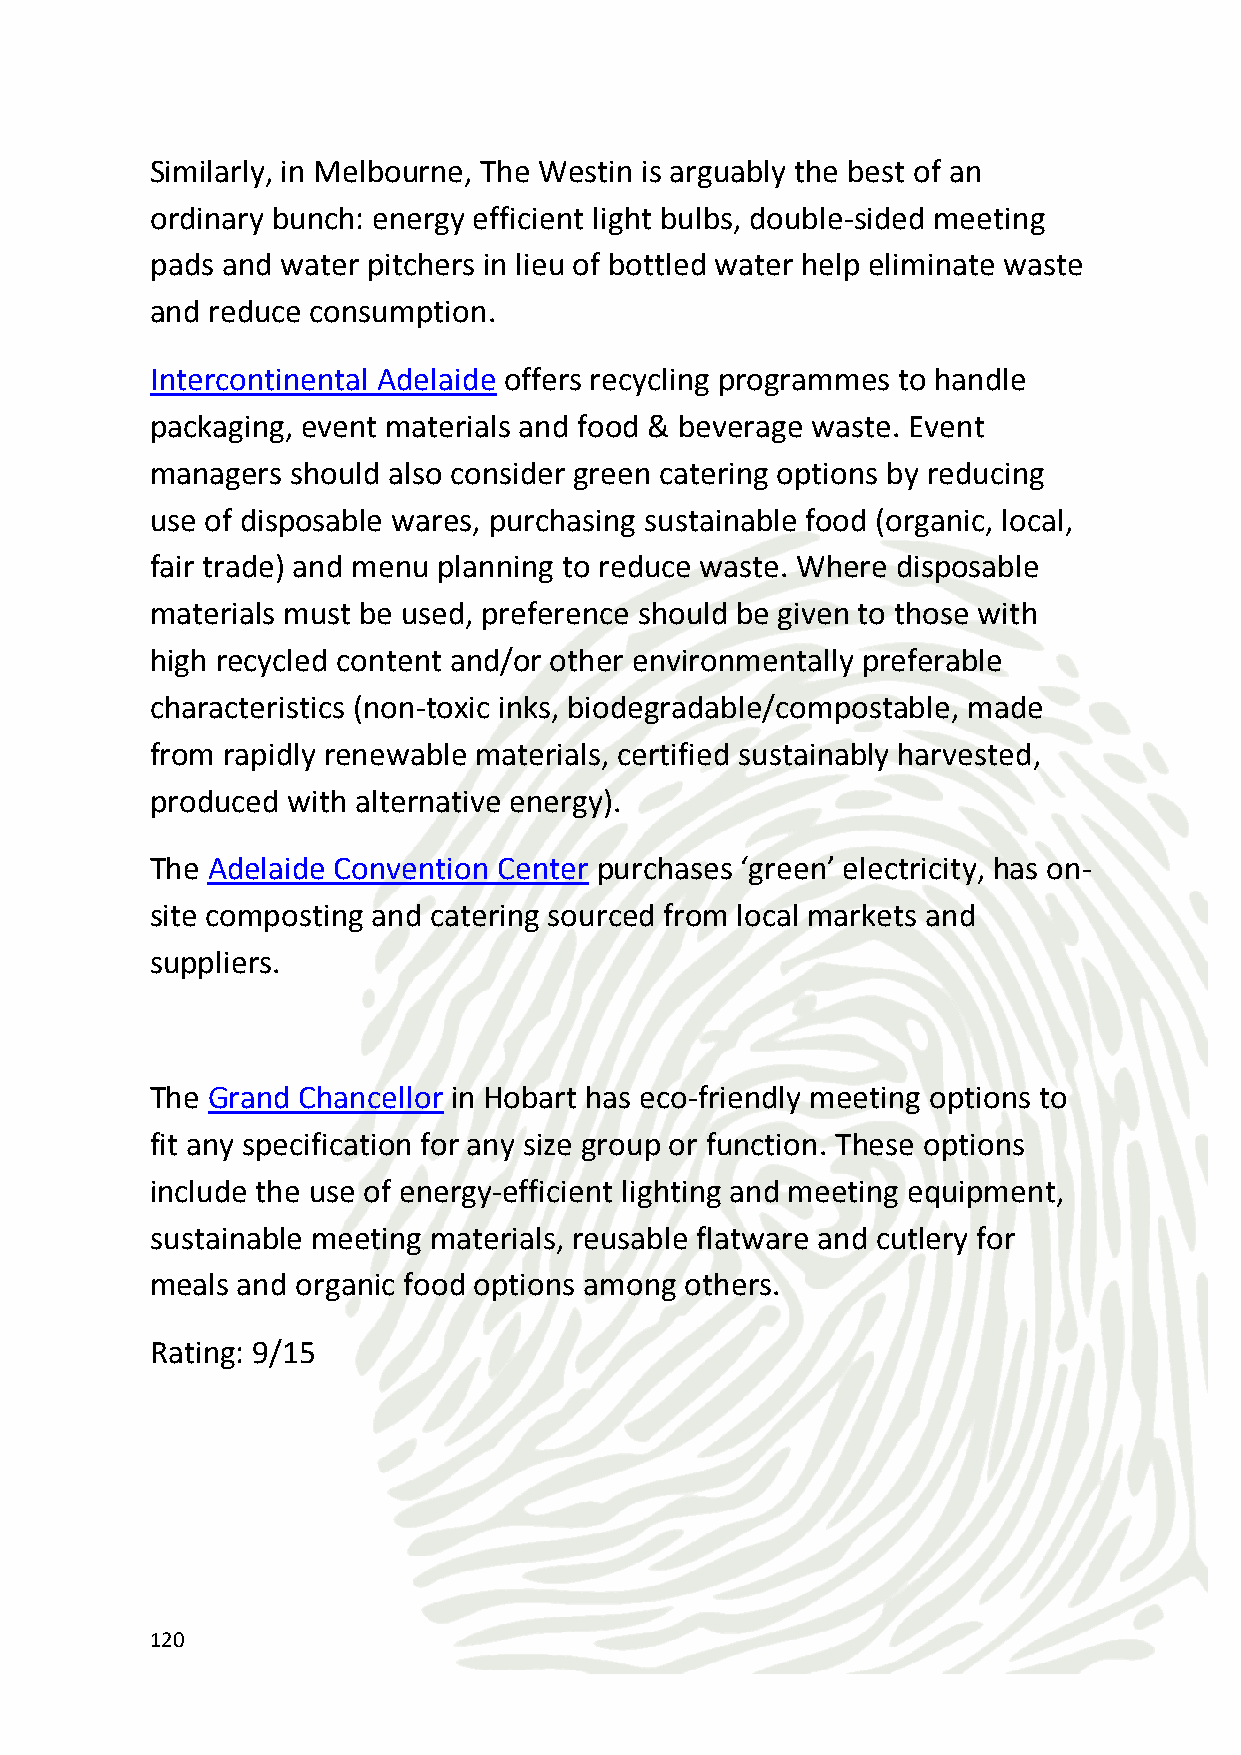
Green Transport
 Eco limo offers carbon-neutral limousine services in Sydney and
 Melbourne. Pedi cabs are also available in the major cities for a zero
 emission option.
 The major cities all have excellent public bus, train and ferry services.
 Rating: 11.25/15
 Eco-activities
 Snorkeling, bushwalking, kayaking, rafting, sailing, whale watching,
 mountain biking, are all on offer and of course your participants can
 learn to surf on one of Australia’s perfect beaches – Sydney’s Manly
 beach is great for beginners and the water gets warmer the further
 north you go.
 Rating: 12/15
 CSR Give-Back Opportunities
 Your company can make a difference in the following areas: help
 with animal counting (wombats, kangaroos, and wallabies), planting
 native trees, weeding tree areas, irrigation, water quality testing,
 regenerating/rebuilding eroded areas along the river beds and also
 help with university research teams. Participants will learn a great
 deal about Australia’s flora and fauna and play a role in preserving it.
 Your group can join passionate and dedicated conservationists in
 conserving one of the world’s most enchanting animals: the koala.
 Venture into the Australian bush with the conservation team to
 participate in inspiring fieldwork, learn about koala and woodland
 121